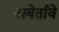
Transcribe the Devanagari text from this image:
अबेर्तावे